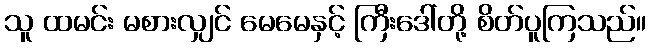
သူ ထမင်း မစားလျှင် မေမေနှင့် ကြီးဒေါ်တို့ စိတ်ပူကြသည်။